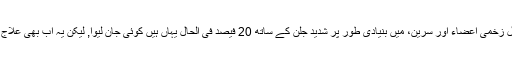
صحافیوں نے سیکھا کہ قو شویزانگ جنرل زخمی اعضاء اور سرین، میں بنیادی طور پر شدید جلن کے ساتھ 20 فیصد فی الحال یہاں ہیں کوئی جان لیوا, لیکن یہ اب بھی علاج کے لیے انتہائی نگہداشت یونٹ میں ہے ۔